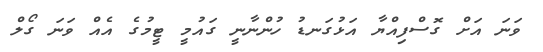
ވަނަ އަށް ގޮސްފިއްޔާ އަޅުގަނޑު ހުންނާނީ ގައުމީ ޓީމުގެ އެއް ވަނަ ގޯލް